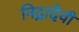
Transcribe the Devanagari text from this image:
निद्रादेवी